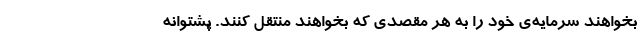
بخواهند سرمایه‌ی خود را به هر مقصدی که بخواهند منتقل کنند. پشتوانه